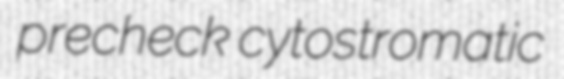
precheck cytostromatic